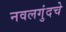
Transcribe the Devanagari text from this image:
नवलगुंदचे